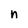
Character: n